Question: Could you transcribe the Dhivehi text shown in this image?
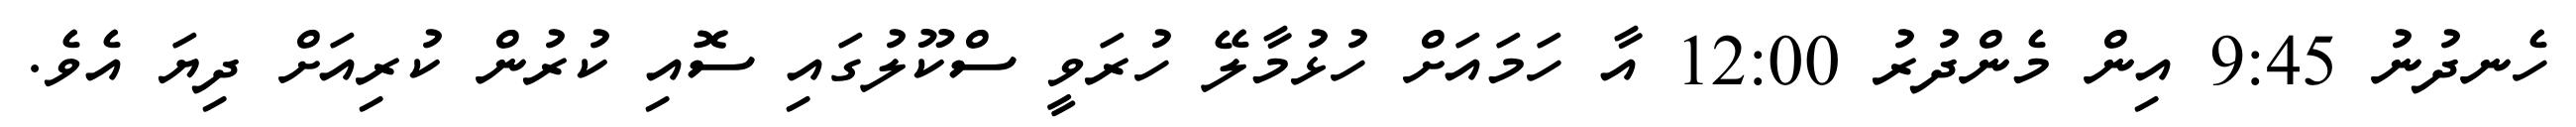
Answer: ހެނދުނު 9:45 އިން މެންދުރު 12:00 އާ ހަމައަށް ހުޅުމާލޭ ހުރަވީ ސްކޫލުގައި ސޮއި ކުރުން ކުރިއަށް ދިޔަ އެވެ.